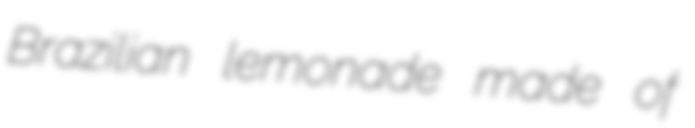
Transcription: Brazilian lemonade made of